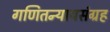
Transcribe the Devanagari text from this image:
गणितन्यायसंग्रह